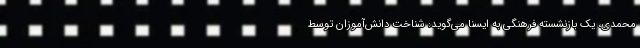
محمدی، یک بازنشسته فرهنگی به ایسنا می‌گوید: شناخت دانش‌آموزان توسط